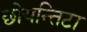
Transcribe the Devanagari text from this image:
छोयन्तिटा